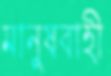
মানুষবাহী